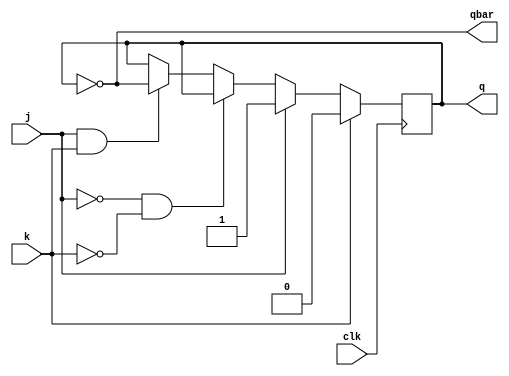
module jkFlip(clk,j,k,q,qbar);
input j,k,clk;
output reg q;
output wire qbar;
assign qbar = ~q;
always @ (negedge clk)
begin
if(k == 1'b1)
   begin
    q <= 1'b0;
   end
  else if(j == 1'b1)
   begin
    q <= 1'b1;
   end
  else if(j == 1'b0 && k == 1'b0)
   begin
    q <= q;
   end
  else if(j == 1'b1 && k == 1'b1)
   begin
    q <= ~q;
   end
end
endmodule